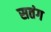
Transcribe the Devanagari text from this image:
सतंग